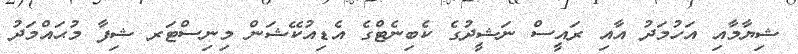
ޝިޔާމާއި އަހުމަދު އާއި ރައީސް ނަޝީދުގެ ކެބިނެޓްގެ އެޑިއުކޭޝަން މިނިސްޓަރ ޝިފާ މުޙައްމަދު